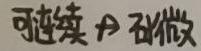
可连续 $\nRightarrow$ 可微